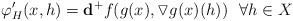
\begin{align*}\varphi_H'(x,h)=\mathbf{d}^+f(g(x),\triangledown g(x)(h))\ \ \forall h\in X\end{align*}